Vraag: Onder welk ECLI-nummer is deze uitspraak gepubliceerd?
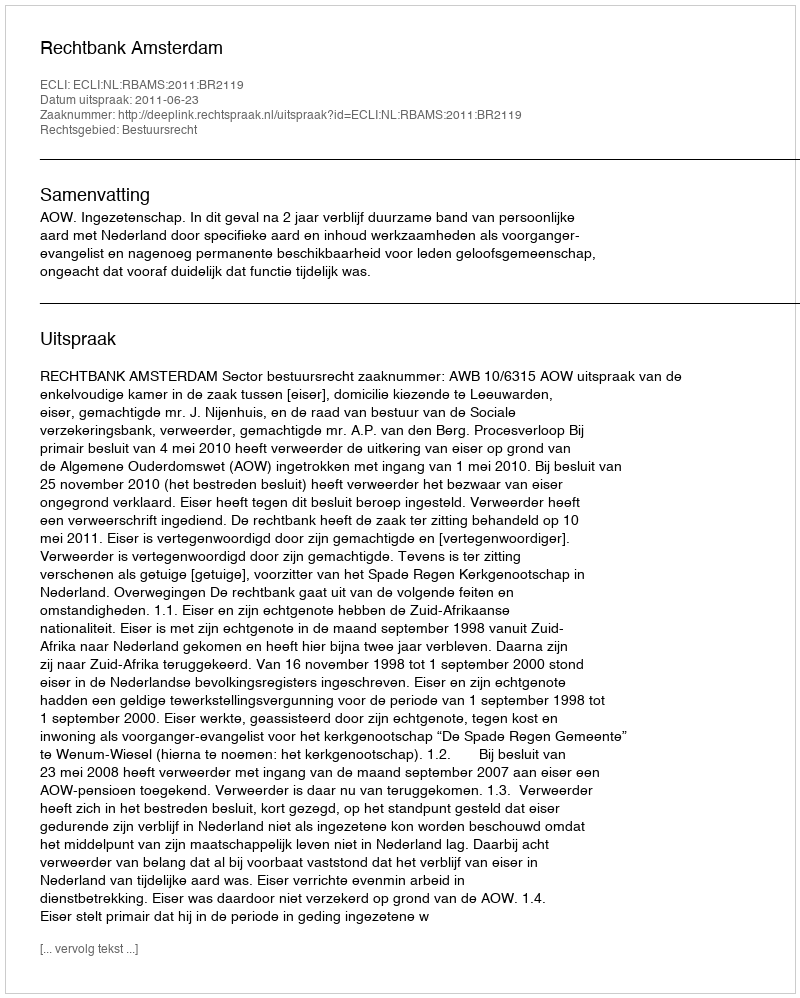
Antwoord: ECLI:NL:RBAMS:2011:BR2119